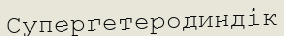
Супергетеродиндік